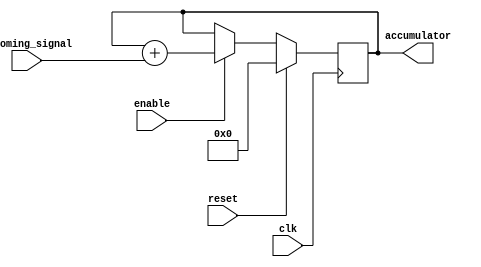
module digital_signal_accumulator (
    input wire clk,  // Clock signal
    input wire reset,  // Reset signal
    input wire enable,  // Enable signal for adding incoming signals
    input wire [7:0] incoming_signal,  // Incoming digital signal
    output reg [15:0] accumulator  // Accumulator for summing up incoming signals
);

always @(posedge clk) begin
    if (reset) begin
        accumulator <= 16'd0;  // Reset accumulator value to 0
    end else if (enable) begin
        accumulator <= accumulator + incoming_signal;  // Add incoming signal to accumulator
    end
end

endmodule